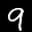
Label: 9